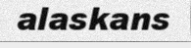
alaskans